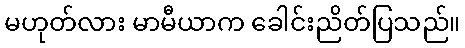
မဟုတ်လား မာမီယာက ခေါင်းညိတ်ပြသည်။